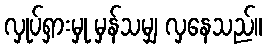
လှုပ်ရှားမှု မှန်သမျှ လှနေသည်။